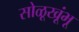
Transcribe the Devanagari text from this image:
सोळूखूंभू